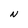
Character: N